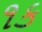
૧ક